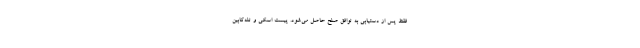
فقط پس از دستیابی به توافق صلح حاصل می‌شود. پیست اسکی و تله‌کابین